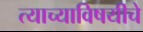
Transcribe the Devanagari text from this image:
त्याच्याविषयीचे